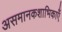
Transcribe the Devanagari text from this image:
असमानकशाभिकाएँ